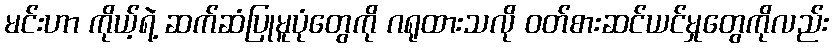
မင်းဟာ ကိုယ့်ရဲ့ ဆက်ဆံပြုမူပုံတွေကို ဂရုထားသလို ဝတ်စားဆင်ယင်မှုတွေကိုလည်း